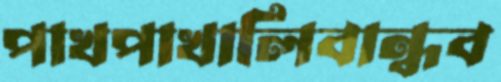
পাখপাখালিবান্ধব